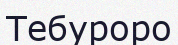
Тебуроро